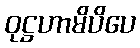
ဝုဋ္ဌဟာမိပိပေ